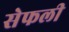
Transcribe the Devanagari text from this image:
सेफली